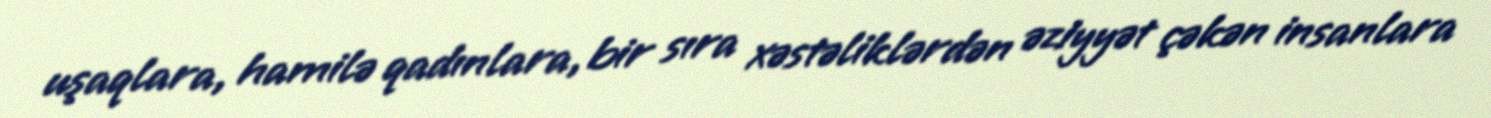
uşaqlara, hamilə qadınlara, bir sıra xəstəliklərdən əziyyət çəkən insanlara